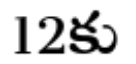
12కు